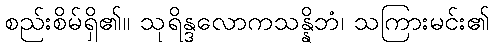
စည်းစိမ်ရှိ၏။ သုရိန္ဒလောကသန္နိဘံ၊ သကြားမင်း၏